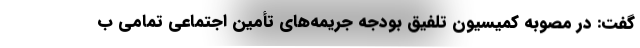
گفت: در مصوبه کمیسیون تلفیق بودجه جریمه‌های تأمین اجتماعی تمامی ب